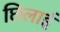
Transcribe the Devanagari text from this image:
छिलाई